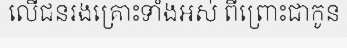
លើជនរងគ្រោះទាំងអស់ ពីព្រោះជាកូន